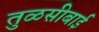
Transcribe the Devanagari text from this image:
तुळसीबाई